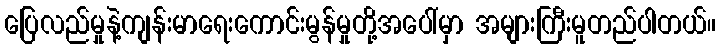
ပြေလည်မှုနဲ့ကျန်းမာရေးကောင်းမွန်မှုတို့အပေါ်မှာ အများကြီးမူတည်ပါတယ်။